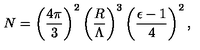
N = \left( \frac { 4 \pi } { 3 } \right) ^ { 2 } \left( \frac { R } { \Lambda } \right) ^ { 3 } \left( \frac { \epsilon - 1 } { 4 } \right) ^ { 2 } ,